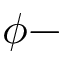
\phi -